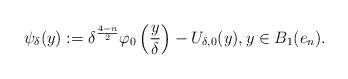
LaTeX: \begin{align*}\psi_\delta(y):= \delta^{\frac{4-n}{2}}\varphi_0\left(\frac{y}{\delta}\right)-U_{\delta,0}(y), y\in B_1(e_n).\end{align*}